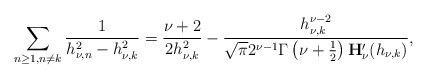
\begin{align*}\sum_{{{n\geq1},{n\neq{k}}}}\frac{1}{h_{\nu,n}^2-{h_{\nu,k}^2}}=\frac{\nu+2}{2h_{\nu,k}^2}-\frac{h_{\nu,k}^{\nu-2}}{\sqrt{\pi}2^{\nu-1}\Gamma\left(\nu+\frac{1}{2}\right)\mathbf{H}_{\nu}'(h_{\nu,k})},\end{align*}